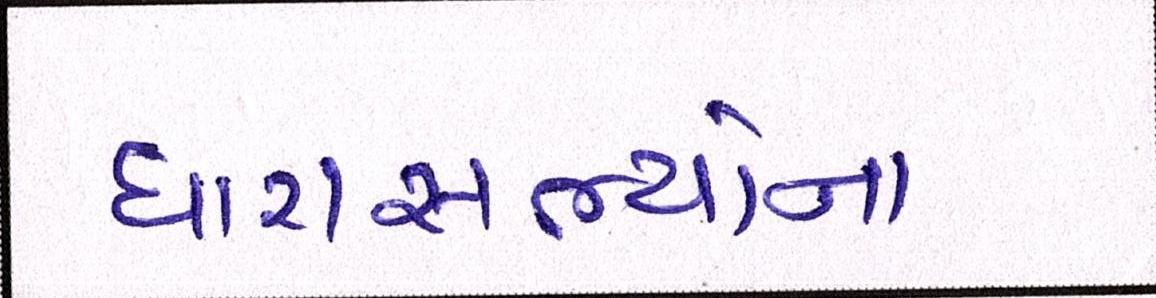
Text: ધારાસભ્યોના